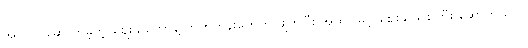
အင်္ဂလိပ်ဆောက်ခဲ့တဲ့ ဈေးချိုတော်နဲ့ တိုက်တန်းတွေကို ဖျက်ပြီး အထပ်မြင့် ဈေးချိုသစ်ကြီး ဆောက်သလို